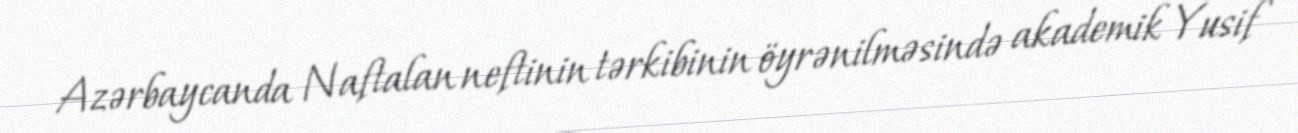
Azərbaycanda Naftalan neftinin tərkibinin öyrənilməsində akademik Yusif